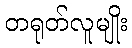
တရုတ်လူမျိုး